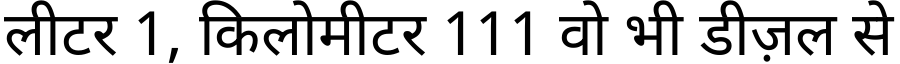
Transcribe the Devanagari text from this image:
लीटर 1, किलोमीटर 111 वो भी डीज़ल से